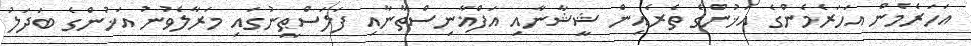
އަހަރެމެން އަހަރެމެންގެ އަޚުންގެ ތެރެއިން ޝީޝާނާއި އަފްޣާނިސްތާނާއި ފަލަސްޠީނުގައި މަރާލެވުނު އަޚުންގެ ބަދަލު